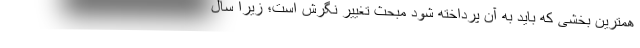
همترین بخشی که باید به آن پرداخته شود مبحث تغییر نگرش است؛ زیرا سال